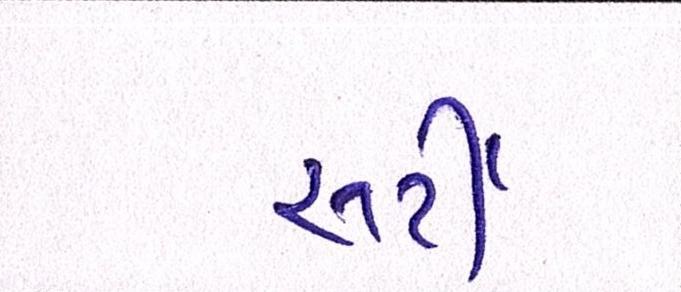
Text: સર્ટી